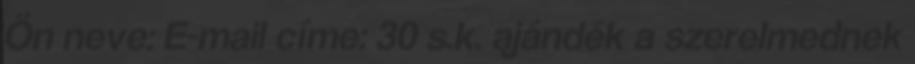
Ön neve: E-mail címe: 30 s.k. ajándék a szerelmednek